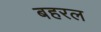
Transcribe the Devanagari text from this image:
बहरल